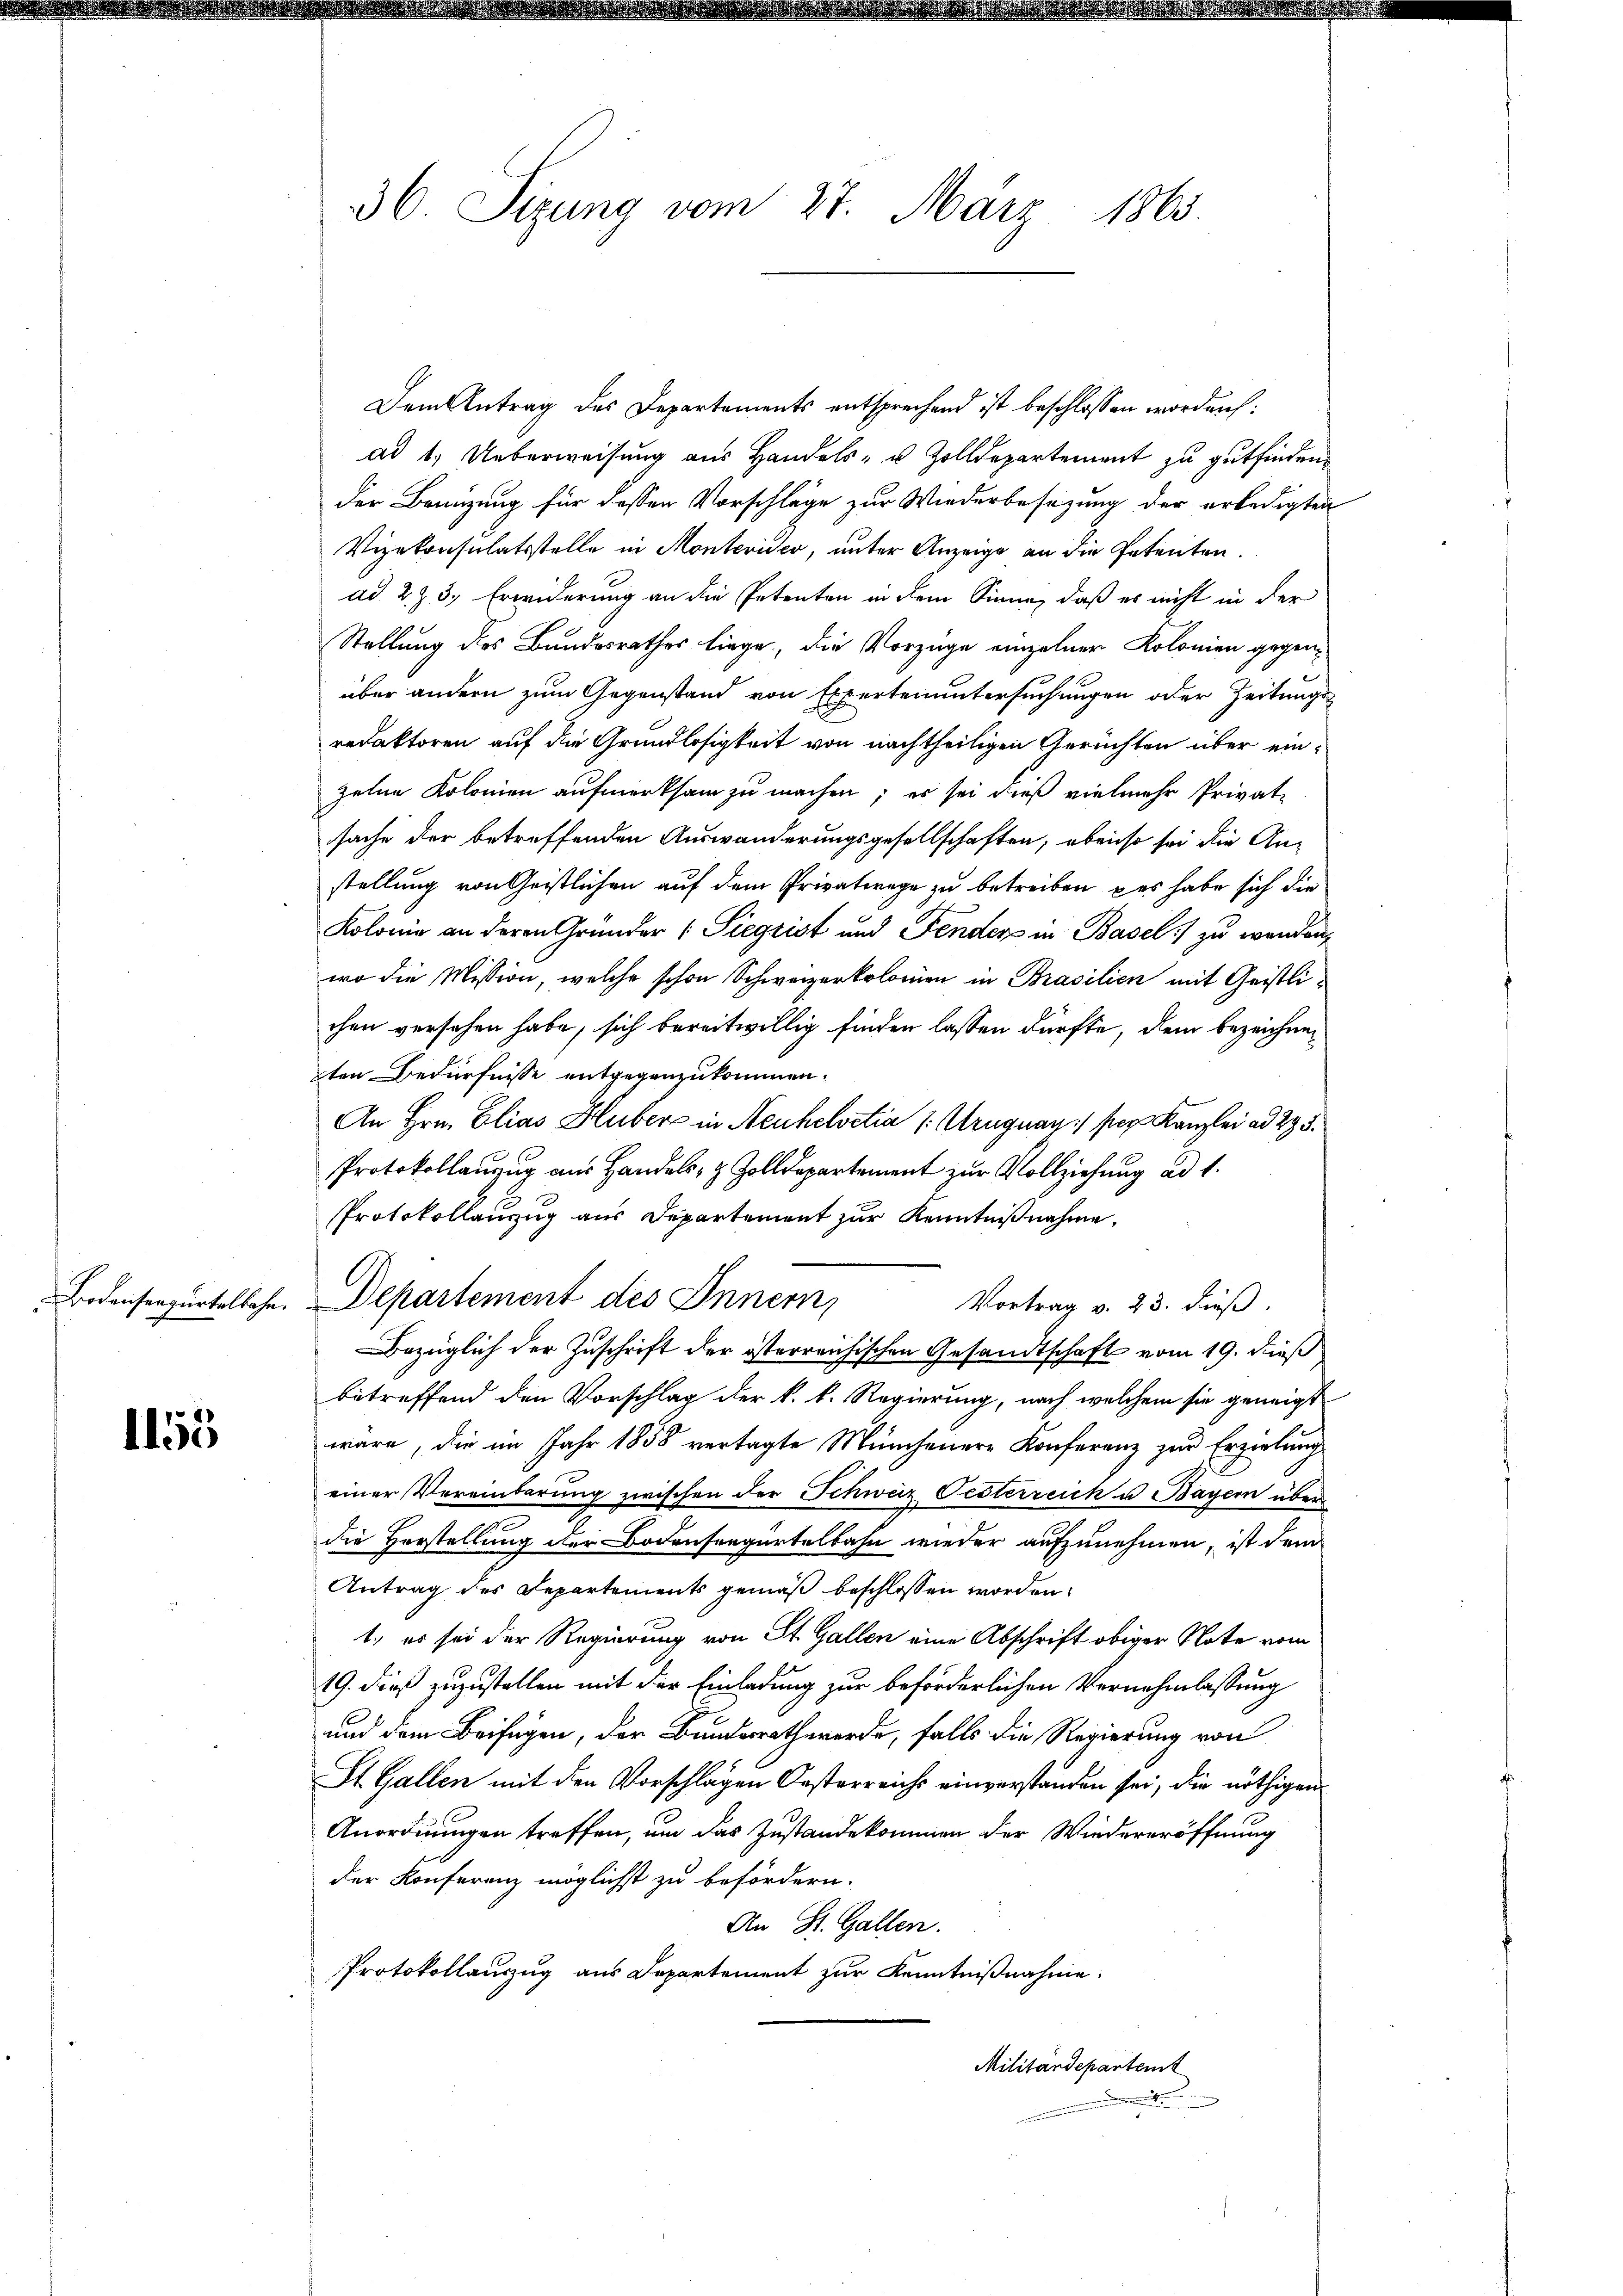
1155

Dem Antrag des Departements entsprechend ist beschlossen worden:
ad 1. Ueberweisung aus Handels- u. Zolldepartement zu gutfinden.
der Benutzung für dassen Vorschläge zur Wiederbesezung der erledigten
Vizekonsulatsstelle in Montevider, unter Anzeige an die Petenten.
ad 2. Z. 3., Erwiderung an die Petenten in dem Sinne, daß es nicht in der
Stellung des Bundesrathes liege, die Vorzüge einzelner Kolonien gegenl
über andern zum Gegenstand von Expertenuntersuchungen oder Zeitungs
redaktoren auf die Grundlosigkeit von nachtheiligen Gerüchten über einzelne Kolonien aufmerksam zu machen; er sei dieß vielmehr Privat-
sache der betreffenden Auswanderungsgesellschaften; ebenso sei die An-
stellung von Geistlichen auf dem Privatrege zu betreiben, das habe sich die
Kolonie an deren Gründer Siegrist und Fender in Basel zu wenden,
wo die Mission, welche schon Schweizerkolonien in Brasilien mit Geistlichen versehen habe, sich bereitwillig finden lassen dürfte, dem bezeichneten Bedürfnisse entgegenzukommen.
An Hrn. Elias Huber in Neuhelvetia (: Uruguay) per Kanzlei ad 295.
Protokollanzug aus Handels- & Zolldepartement zur Vollziehung ad 1.
Protokollanzug aus Departement zur Kenntnißnahme.
Bodensensurtelbahn. Departement des Innern,
Vortrag v. 23. dieß.
Bezüglich der Zuschrift der österreichischen Gesandtschaft vom 19. dieß
betreffend den Vorschlag der k. k. Regierung, nach welchem sie geneigt
wäre, die im Jahr 1858 vertagte Münchenere Konferenz zur Erzielung
einer Vereinbarung zwischen der Schweiz Oesterreich u. Bayern über
die Verstellung der Bodensregartelbahn wieder aufzunehmen, ist dem
Antrag des Departements gemäß beschlossen worden.
1., es sei der Regierung von St. Gallen eine Abschrift obiger Note vom
19. dieß zuzustellen mit der Einladung zur beförderlichen Vernehmlassung
und dem Beifügen, der Bundesrath werde, falls die Regierung von
St. Gallen mit den Vorschlagen Oesterreichs einverstanden sei, die nöthigen
Anordnungen treffen, um das Zustandekommen der Wiedereröffnung
der Konferenz möglichst zu befördern.
An St. Gallen.
Protokollanzug aus Departement zur Kenntnißnahme.
Militärdepartemt

36. Sizung vom 27. März 1865.